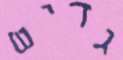
גדיש